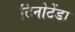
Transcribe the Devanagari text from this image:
टिनोटेंडा